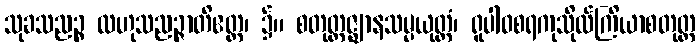
သုခသညဉ္စ လဟုသညဉ္ဇာတိဧတ္ထ၊ ၌။ စတုတ္ထဇ္ဈာနသမ္ပယုတ္တံ၊ ရူပါဝစရကုသိုလ်ကြိယာစတုတ္ထ